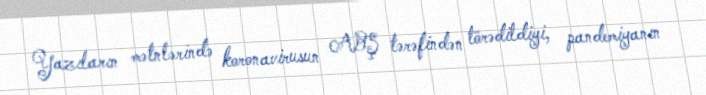
Yazıların mətnlərində koronavirusun ABŞ tərəfindən törədildiyi, pandemiyanın